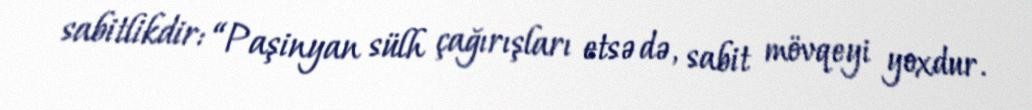
sabitlikdir: “Paşinyan sülh çağırışları etsə də, sabit mövqeyi yoxdur.